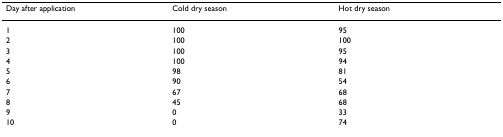
| Day after application | Cold dry season | Hot dry season |
 | --- | --- | --- |
 | 1 | 100 | 95 |
 | 2 | 100 | 100 |
 | 3 | 100 | 95 |
 | 4 | 100 | 94 |
 | 5 | 98 | 81 |
 | 6 | 90 | 54 |
 | 7 | 67 | 68 |
 | 8 | 45 | 68 |
 | 9 | 0 | 33 |
 | 10 | 0 | 74 |